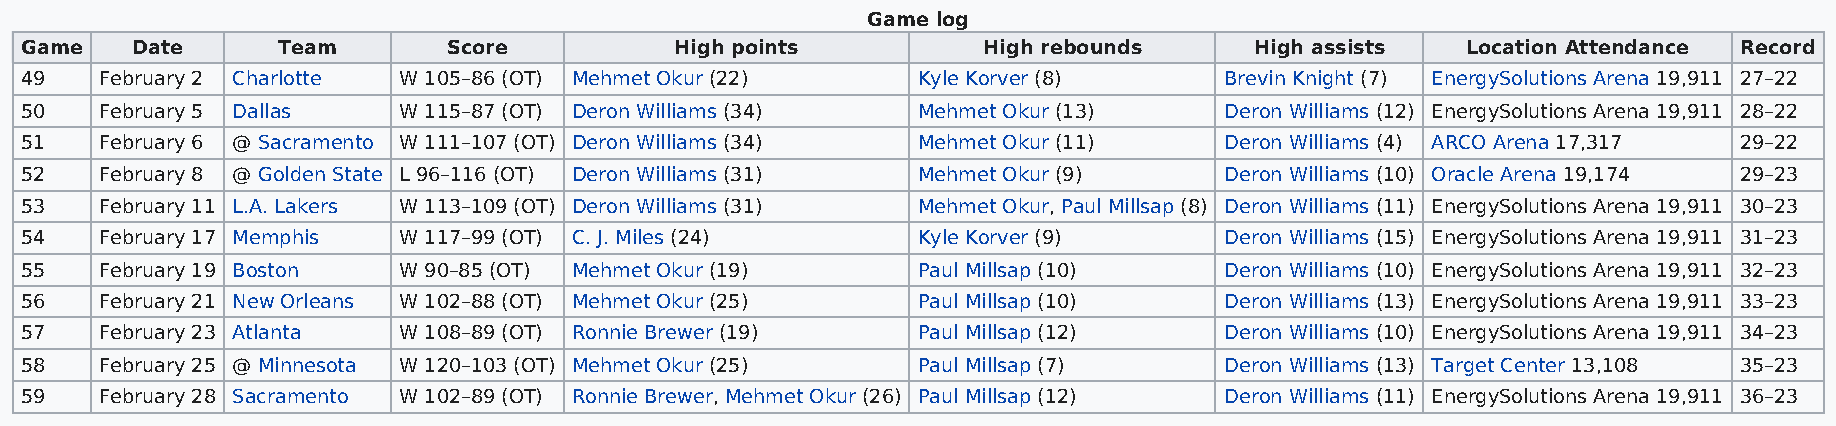
Game log
 Game    Date     Team        Score          High points         High rebounds     High assists  Location Attendance Record
 49    February 2 Charlotte W 105–86 (OT) Mehmet Okur (22)   Kyle Korver (8)     Brevin Knight (7) EnergySolutions Arena 19,911 27–22
 50    February 5 Dallas  W 115–87 (OT) Deron Williams (34)  Mehmet Okur (13)    Deron Williams (12) EnergySolutions Arena 19,911 28–22
 51    February 6 @ Sacramento W 111–107 (OT) Deron Williams (34) Mehmet Okur (11) Deron Williams (4) ARCO Arena 17,317 29–22
 52    February 8 @ Golden State L 96–116 (OT) Deron Williams (31) Mehmet Okur (9) Deron Williams (10) Oracle Arena 19,174 29–23
 53    February 11 L.A. Lakers W 113–109 (OT) Deron Williams (31) Mehmet Okur, Paul Millsap (8) Deron Williams (11) EnergySolutions Arena 19,911 30–23
 54    February 17 Memphis W 117–99 (OT) C. J. Miles (24)    Kyle Korver (9)     Deron Williams (15) EnergySolutions Arena 19,911 31–23
 55    February 19 Boston W 90–85 (OT) Mehmet Okur (19)      Paul Millsap (10)   Deron Williams (10) EnergySolutions Arena 19,911 32–23
 56    February 21 New Orleans W 102–88 (OT) Mehmet Okur (25) Paul Millsap (10)  Deron Williams (13) EnergySolutions Arena 19,911 33–23
 57    February 23 Atlanta W 108–89 (OT) Ronnie Brewer (19)  Paul Millsap (12)   Deron Williams (10) EnergySolutions Arena 19,911 34–23
 58    February 25 @ Minnesota W 120–103 (OT) Mehmet Okur (25) Paul Millsap (7)  Deron Williams (13) Target Center 13,108 35–23
 59    February 28 Sacramento W 102–89 (OT) Ronnie Brewer, Mehmet Okur (26) Paul Millsap (12) Deron Williams (11) EnergySolutions Arena 19,911 36–23